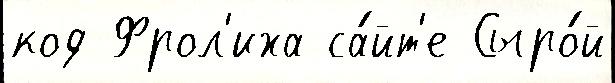
код Фрол'иха са́йт'е Сыро́й